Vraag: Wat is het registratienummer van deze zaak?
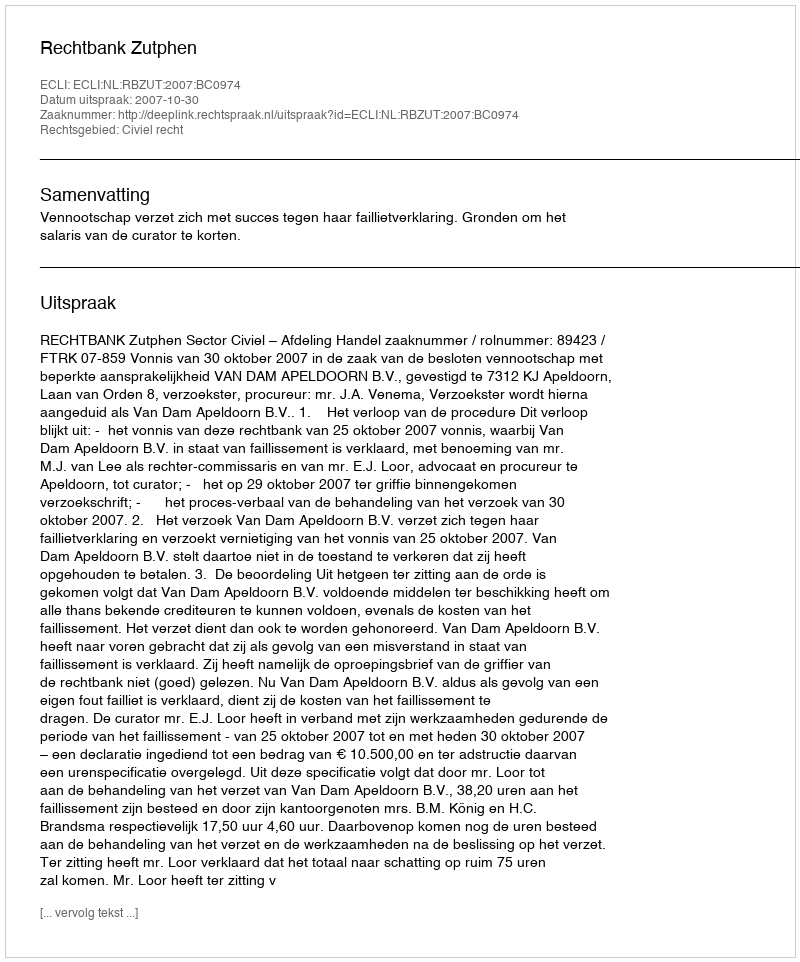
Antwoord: http://deeplink.rechtspraak.nl/uitspraak?id=ECLI:NL:RBZUT:2007:BC0974